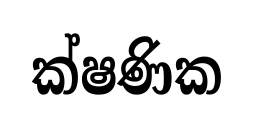
ක්ෂණික